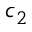
c _ { 2 }